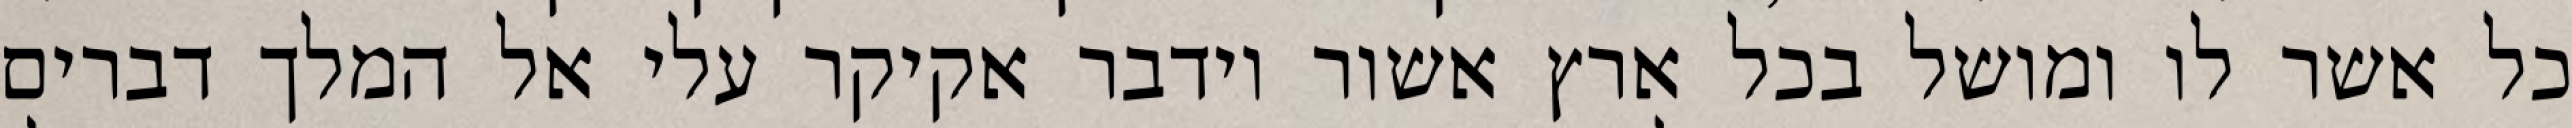
כל אשר לו ומושל בכל ארץ אשור וידבר אקיקר עלי אל המלך דברים